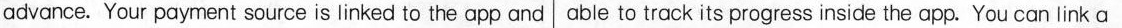
advance. Your payment source is linked to the app and able to track its progress inside the app. You can link a